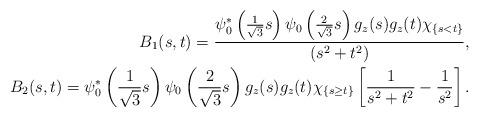
LaTeX: \begin{align*} B_1 (s,t) = \frac{ \psi^*_0 \left(\frac 1{\sqrt 3} s \right) \psi_0\left(\frac 2{\sqrt 3}s \right)g_z (s) g_z (t) \chi_{\{s <t\}}}{(s^2 +t^2 )} ,\\B_2 (s,t) = \psi^*_0 \left(\frac 1{\sqrt 3} s \right) \psi_0 \left(\frac2{\sqrt 3}s \right)g_z (s) g_z (t) \chi_{\{s \geq t\}}\left[\frac{1}{s^2 +t^2} -\frac{1}{s^2}\right]. \end{align*}